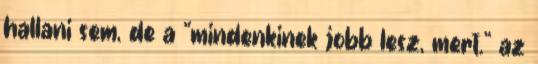
hallani sem, de a "mindenkinek jobb lesz, mert." az